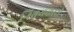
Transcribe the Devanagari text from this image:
निश्चयकारी